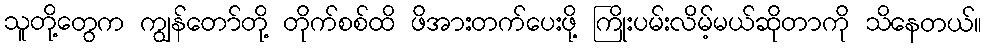
သူတို့တွေက ကျွန်တော်တို့ တိုက်စစ်ထိ ဖိအားတက်ပေးဖို့ ကြိုးပမ်းလိမ့်မယ်ဆိုတာကို သိနေတယ်။